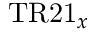
\mathrm { T R 2 1 } _ { x }